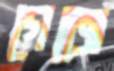
গেজে